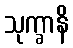
သုက္ခာနိ